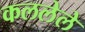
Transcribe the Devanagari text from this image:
कललेले